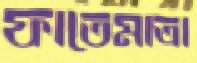
ফাতেমাত্রা